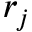
r _ { j }